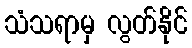
သံသရာမှ လွတ်နိုင်